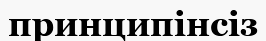
принципінсіз